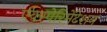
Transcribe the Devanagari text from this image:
एक्स्पेरिमेंटेशन